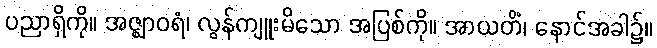
ပညာရှိကို။ အဇ္ဈာဝရံ၊ လွန်ကျူးမိသော အပြစ်ကို။ အာယတိံ၊ နောင်အခါ၌။